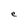
Character: e